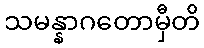
သမန္နာဂတောမှီတိ